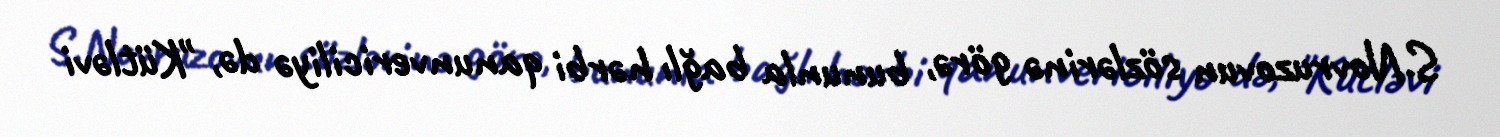
S.Novruzovun sözlərinə görə, bununla bağlı hərbi qanunvericiliyə də, "Kütləvi